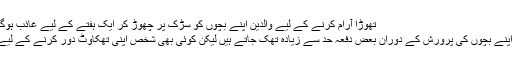
تھوڑا آرام کرنے کے لیے والدین اپنے بچوں کو سڑک پر چھوڑ کر ایک ہفتے کے لیے غائب ہوگئے - اُردو پوائنٹ دلچسپ و عجیب
اس میں کوئی شک نہیں کہ والدین اپنے بچوں کی پرورش کے دوران بعض دفعہ حد سے زیادہ تھک جاتے ہیں لیکن کوئی بھی شخص اپنی تھکاوٹ دور کرنے کے لیے اپنے بچوں سے جان نہیں چھڑاتا۔